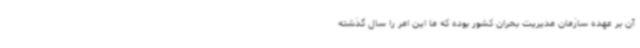
آن بر عهده سازمان مدیریت بحران کشور بوده که ما این امر را سال گذشته